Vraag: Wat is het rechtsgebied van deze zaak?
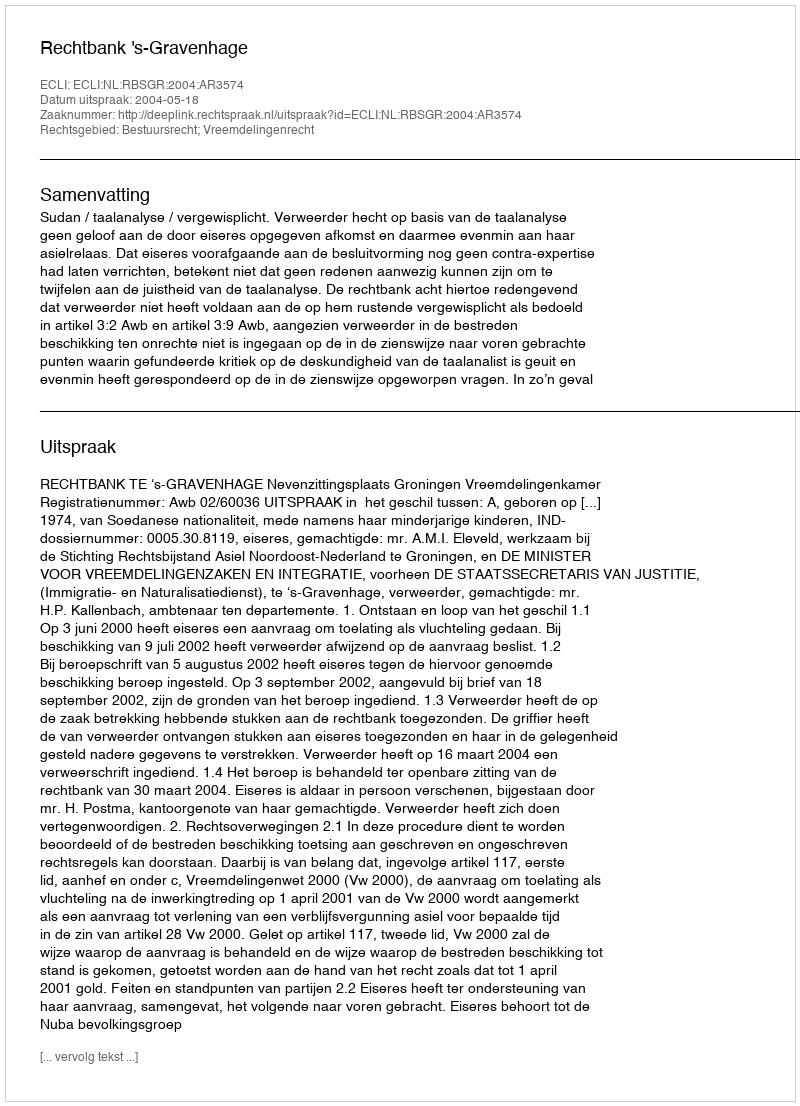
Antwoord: Bestuursrecht; Vreemdelingenrecht